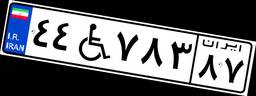
۴۴W۷۸۳۸۷